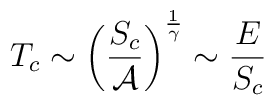
T_c \sim \left( \frac{S_c}{{\cal A}} \right)^{\frac{1}{\gamma}} \sim \frac{E}{S_c}